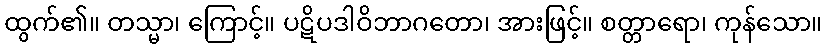
ထွက်၏။ တသ္မာ၊ ကြောင့်။ ပဋိပဒါဝိဘာဂတော၊ အားဖြင့်။ စတ္တာရော၊ ကုန်သော။